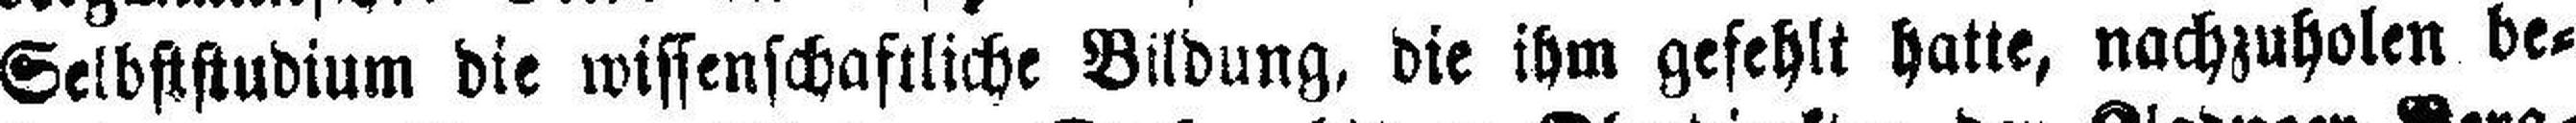
Selbststudium die wissenschaftliche Bildung, die ihm gefehlt hatte, nachzuholen be¬